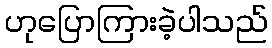
ဟုပြောကြားခဲ့ပါသည်